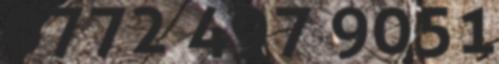
0772 497 9051